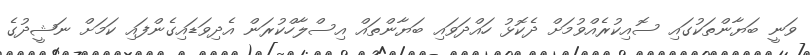
ވަނީ ބަޔާންތަކުގައި ސޮއިކުރެއްވުމަށް ދެކޮޅު ހައްދަވައި ބަޔާންތައް އިސްލާހްކުރަން އެދިވަޑައިގެންފައި ކަމަށް ނަޝީދުގެ